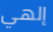
إلهي